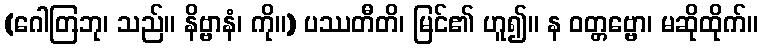
(ဂေါတြဘု၊ သည်။ နိဗ္ဗာနံ၊ ကို။) ပဿတီတိ၊ မြင်၏ ဟူ၍။ န ဝတ္တဗ္ဗော၊ မဆိုထိုက်။